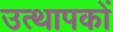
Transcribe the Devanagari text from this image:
उत्थापकों